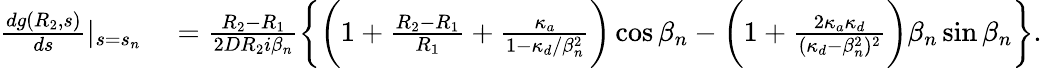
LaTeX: \begin{array}{rl}{\frac{dg(R_{2},s)}{ds}|_{s=s_{n}}}&{{}=\frac{R_{2}-R_{1}}{2DR_{2}i\beta_{n}}\biggl\{ \biggl(1+\frac{R_{2}-R_{1}}{R_{1}}+\frac{\kappa_{a}}{1-\kappa_{d}/\beta_{n}^{2}}\biggr)\cos\beta_{n}-\biggl(1+\frac{2\kappa_{a}\kappa_{d}}{(\kappa_{d}-\beta_{n}^{2})^{2}}\biggr)\beta_{n}\sin\beta_{n}\biggr\} .}\end{array}